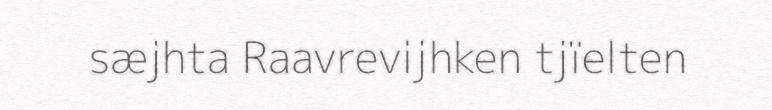
sæjhta Raavrevijhken tjïelten